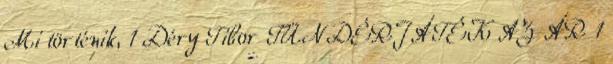
Mi történik, 1 Déry Tibor TÜNDÉRJÁTÉK AZ ÁR 1